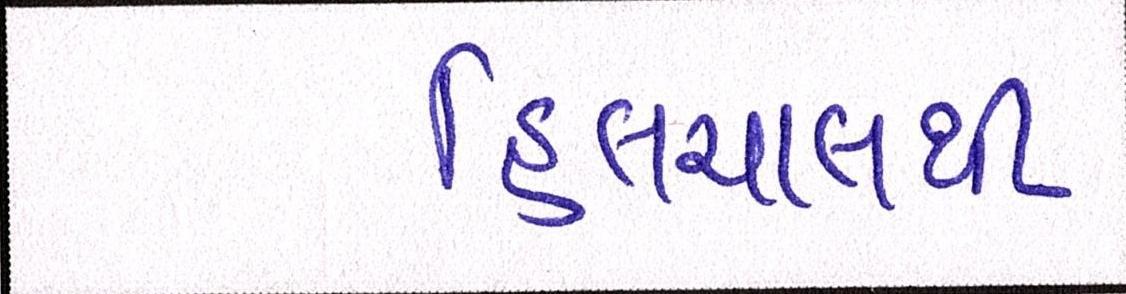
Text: હિલચાલથી